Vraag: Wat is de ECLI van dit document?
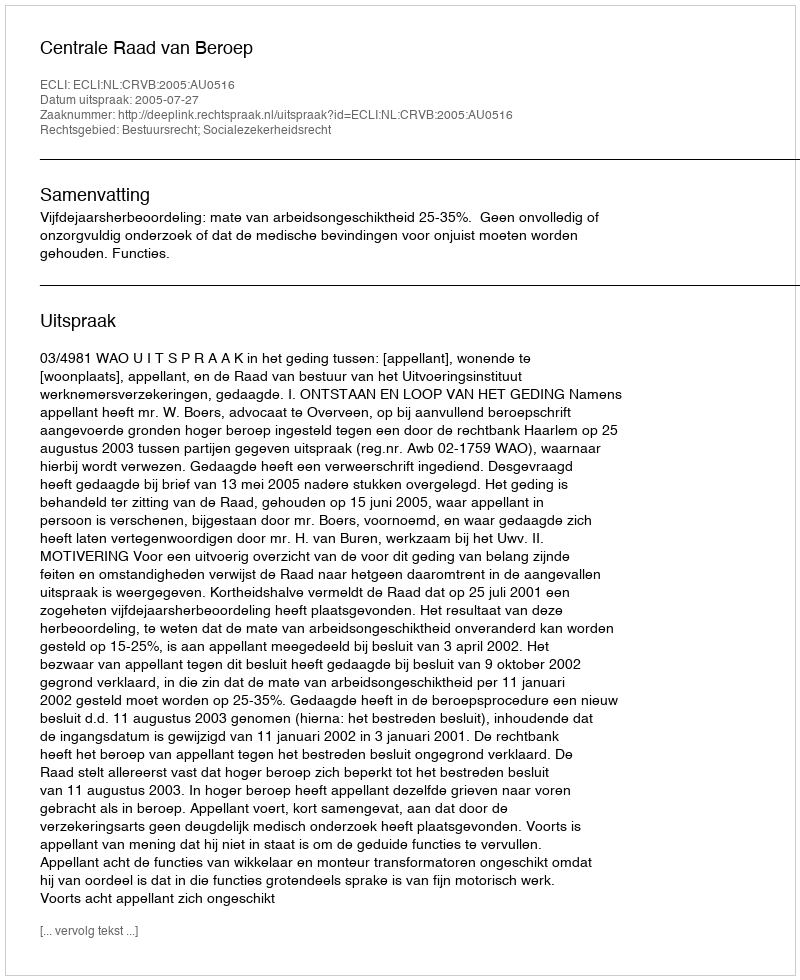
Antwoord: ECLI:NL:CRVB:2005:AU0516